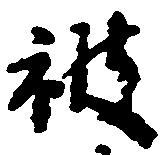
被